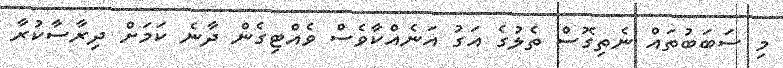
މި ސަބަބުތައް ނެތިގޮސް ތެލުގެ އަގު އަނެއްކާވެސް ވެއްޓިގެން ދާނެ ކަމަށް ދިރާސާކުރާ